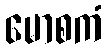
မောစကံ